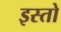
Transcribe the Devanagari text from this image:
इस्तो